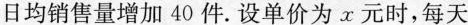
日均销售量增加40件。设单价为x元时，每天